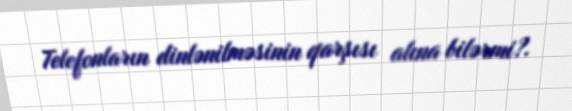
Telefonların dinlənilməsinin qarşısı alına bilərmi?.